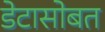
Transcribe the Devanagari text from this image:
डेटासोबत